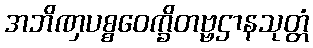
အဘိဏှပစ္စဝေက္ခိတဗ္ဗဌာနသုတ္တံ